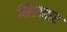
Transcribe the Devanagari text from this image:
सिलदार